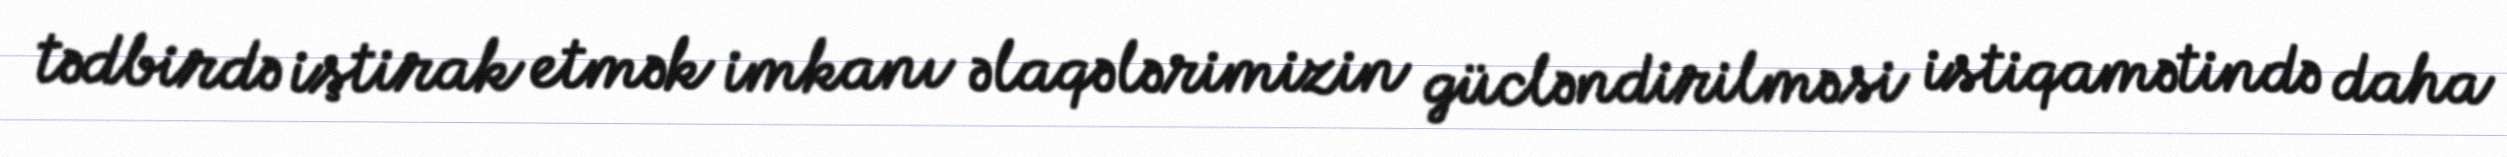
tədbirdə iştirak etmək imkanı əlaqələrimizin gücləndirilməsi istiqamətində daha